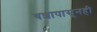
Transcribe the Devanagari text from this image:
यशापासूनही